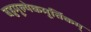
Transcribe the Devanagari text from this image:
बहुमूल्येकमूर्तिकम्‌